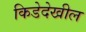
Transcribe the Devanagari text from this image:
किडेदेखील